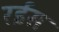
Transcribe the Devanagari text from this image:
रर्इस